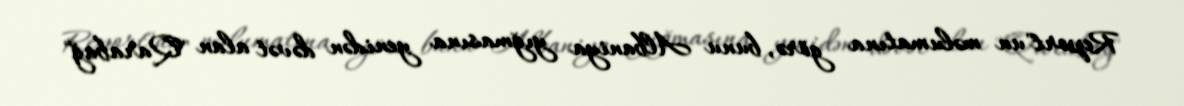
Report"un məlumatına görə, bunu Albaniya yığmasına yenidən dəvət alan "Qarabağ"